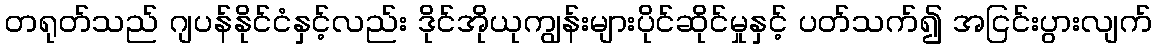
တရုတ်သည် ဂျပန်နိုင်ငံနှင့်လည်း ဒိုင်အိုယုကျွန်းများပိုင်ဆိုင်မှုနှင့် ပတ်သက်၍ အငြင်းပွားလျက်